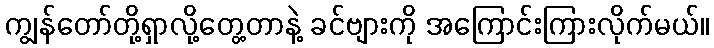
ကျွန်တော်တို့ရှာလို့တွေ့တာနဲ့ ခင်ဗျားကို အကြောင်းကြားလိုက်မယ်။